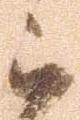
被